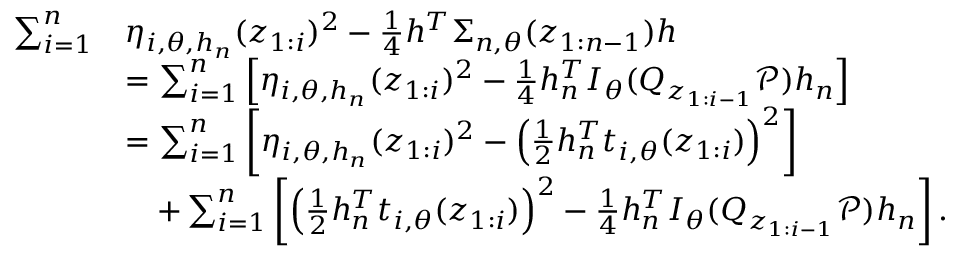
\begin{array} { r l } { \sum _ { i = 1 } ^ { n } } & { \eta _ { i , \theta , h _ { n } } ( z _ { 1 : i } ) ^ { 2 } - \frac 1 4 h ^ { T } \Sigma _ { n , \theta } ( z _ { 1 : n - 1 } ) h } \\ & { = \sum _ { i = 1 } ^ { n } \left[ \eta _ { i , \theta , h _ { n } } ( z _ { 1 : i } ) ^ { 2 } - \frac 1 4 h _ { n } ^ { T } I _ { \theta } ( Q _ { z _ { 1 : i - 1 } } { \mathcal P } ) h _ { n } \right] } \\ & { = \sum _ { i = 1 } ^ { n } \left[ \eta _ { i , \theta , h _ { n } } ( z _ { 1 : i } ) ^ { 2 } - \left( \frac 1 2 h _ { n } ^ { T } t _ { i , \theta } ( z _ { 1 : i } ) \right) ^ { 2 } \right] } \\ & { \quad + \sum _ { i = 1 } ^ { n } \left[ \left( \frac 1 2 h _ { n } ^ { T } t _ { i , \theta } ( z _ { 1 : i } ) \right) ^ { 2 } - \frac 1 4 h _ { n } ^ { T } I _ { \theta } ( Q _ { z _ { 1 : i - 1 } } { \mathcal P } ) h _ { n } \right] . } \end{array}